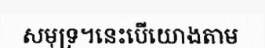
សមុទ្រ។នេះបើយោងតាម